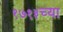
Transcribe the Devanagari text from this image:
१७१३च्या